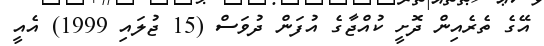
އޭގެ ތެރެއިން ދޮށީ ކުއްޖާގެ އުފަން ދުވަސް (15 ޖުލައި 1999) އެއީ